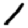
Digit: 1